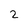
Character: 2